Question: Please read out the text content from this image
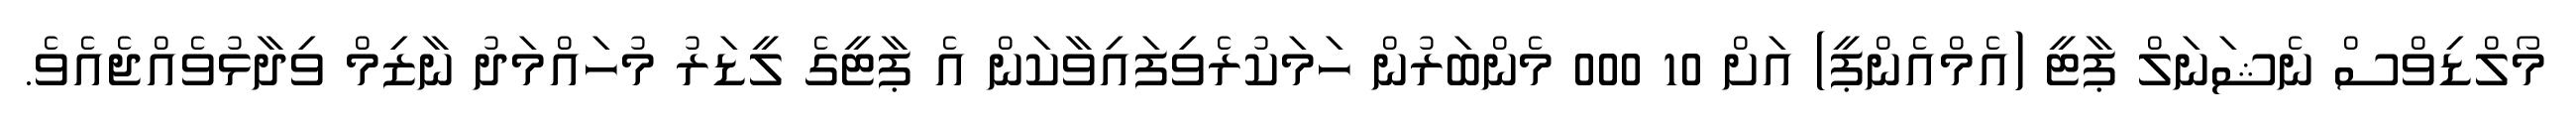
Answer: މޯލްޑިވްސް ނެޝަނަލް ޕާޓީ (އެމްއެންޕީ) އަށް 10 000 މެންބަރުން ހަމަކުރެވިފައިވާކަން އެ ޕާޓީގެ ލީޑަރު މުހައްމަދު ނާޒިމް ވިދާޅުވެއްޖެއެވެ.